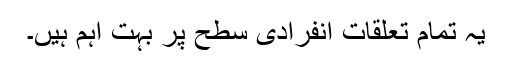
یہ تمام تعلقات انفرادی سطح پر بہت اہم ہیں۔